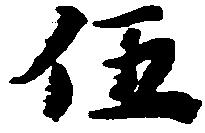
伍